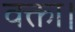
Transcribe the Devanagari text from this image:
वक्ता।